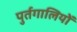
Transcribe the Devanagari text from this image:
पुर्तगालियोें